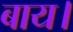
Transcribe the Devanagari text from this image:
बाय।